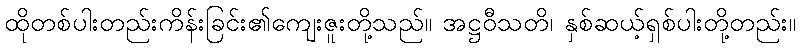
ထိုတစ်ပါးတည်းကိန်းခြင်း၏ကျေးဇူးတို့သည်။ အဋ္ဌဝီသတိ၊ နှစ်ဆယ့်ရှစ်ပါးတို့တည်း။